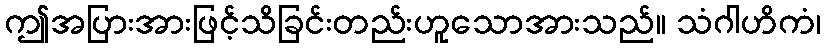
ဤအပြားအားဖြင့်သိခြင်းတည်းဟူသောအားသည်။ သံဂါဟိကံ၊